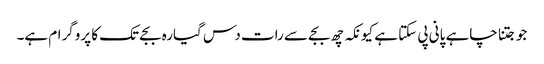
جو جتنا چاہے پانی پی سکتا ہے کیونکہ چھ بجے سے رات دس گیارہ بجے تک کا پروگرام ہے۔